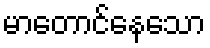
မာတောင်နေသော